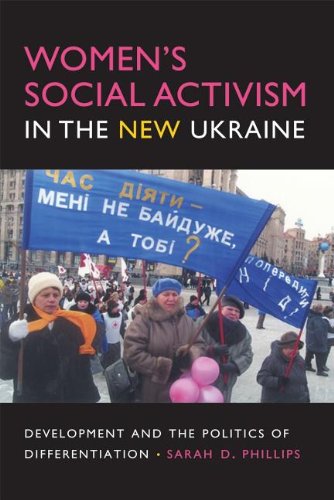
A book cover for Women's Social Activism in the New Ukraine: Development and the Politics of Differentiation (New Anthropologies of Europe); Sarah D. Phillips; Gay & Lesbian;